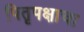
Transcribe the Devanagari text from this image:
पितृपक्षाचा